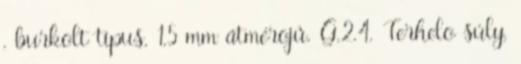
, burkolt típus, 1,5 mm átmérõjû. G.2.4. Terhelõ súly,